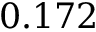
0 . 1 7 2